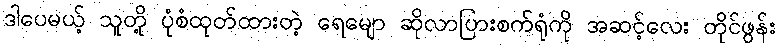
ဒါပေမယ့် သူတို့ ပုံစံထုတ်ထားတဲ့ ရေမျော ဆိုလာပြားစက်ရုံကို အဆင့်လေး တိုင်ဖွန်း